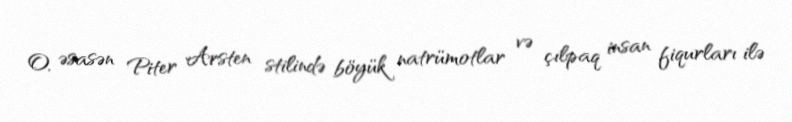
O, əsasən Piter Arsten stilində böyük natrümotlar və çılpaq insan fiqurları ilə